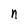
Character: n